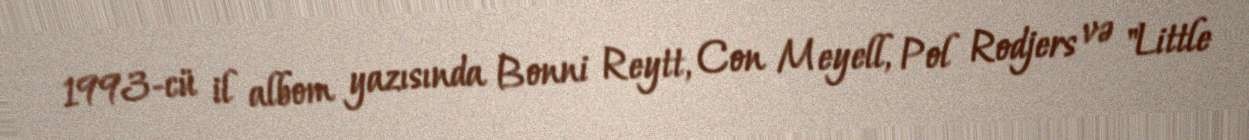
1993-cü il albom yazısında Bonni Reytt, Con Meyell, Pol Rodjers və "Little